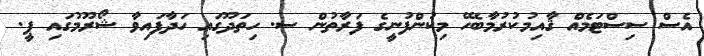
އެސް ސިސްޓަމެއް ޤާއިމުކުރުމާބެހޭ މިކުންފުނީގެ ފަރާތުން ސ. ހިތަދޫގައި ހަދާފައިވާ ޝޯރޫމުގައި ޕީ.